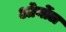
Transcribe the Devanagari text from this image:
ओर्योल